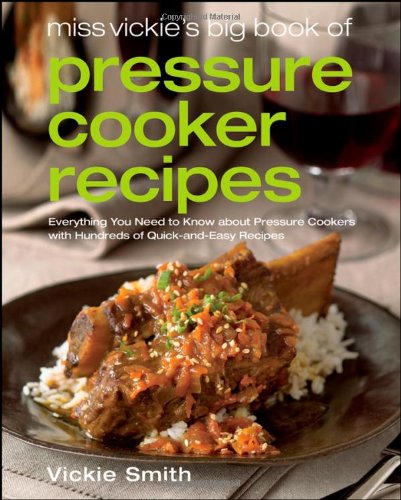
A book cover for Miss Vickie's Big Book of Pressure Cooker Recipes; Vickie Smith; Cookbooks, Food & Wine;